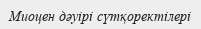
Миоцен дәуірі сүтқоректілері